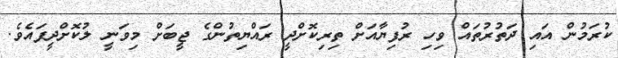
ކުރަމުން އައި ދަތުރުތައް ވިހި ރުފިޔާއަށް ތިރިކޮށްދީ ރައްޔިތުންގެ ޖީބަށް މިވަނީ ލުކޮށްދީފައެވެ.